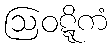
ဩဝဋ္ဋိကံ